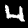
Digit: 4